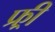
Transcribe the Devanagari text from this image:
फ्र्र्र्री